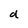
Character: d